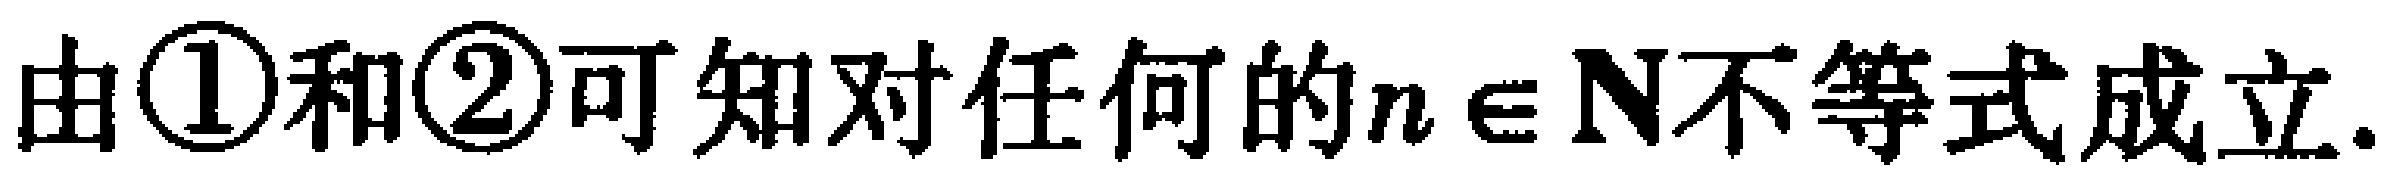
由\textcircled{1}和\textcircled{2}可知对任何的\(n \in \mathbf{N}\)不等式成立.